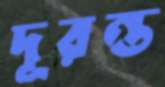
দূরন্ত